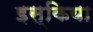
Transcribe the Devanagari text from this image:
इस्किया